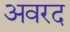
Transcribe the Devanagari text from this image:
अवरद